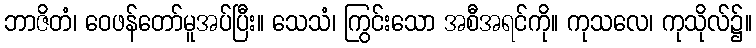
ဘာဇိတံ၊ ဝေဖန်တော်မူအပ်ပြီး။ သေသံ၊ ကြွင်းသော အစီအရင်ကို။ ကုသလေ၊ ကုသိုလ်၌။